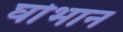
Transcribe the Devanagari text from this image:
घोभान